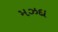
મઝદા